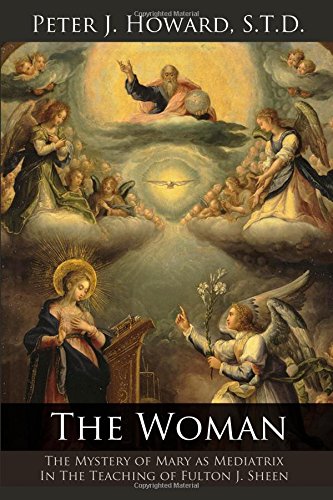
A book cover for The Woman: The Mystery of Mary as Mediatrix in the Teaching of Fulton J. Sheen; Peter J Howard; Christian Books & Bibles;